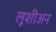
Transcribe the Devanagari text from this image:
लूशीअन